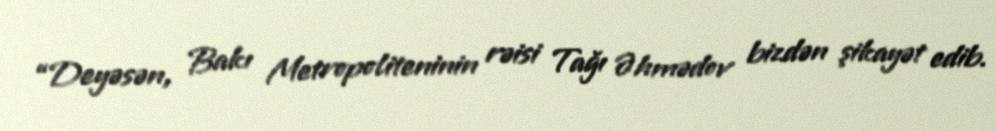
“Deyəsən, Bakı Metropoliteninin rəisi Tağı Əhmədov bizdən şikayət edib.